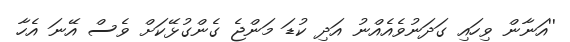
''އަނާން ވިހައި ގަދަނުވެއެއްނު އަދި ކުޑަ މަންޖެ ގެންގުޅޭކަށް ވެސް އޭނަ އެހާ